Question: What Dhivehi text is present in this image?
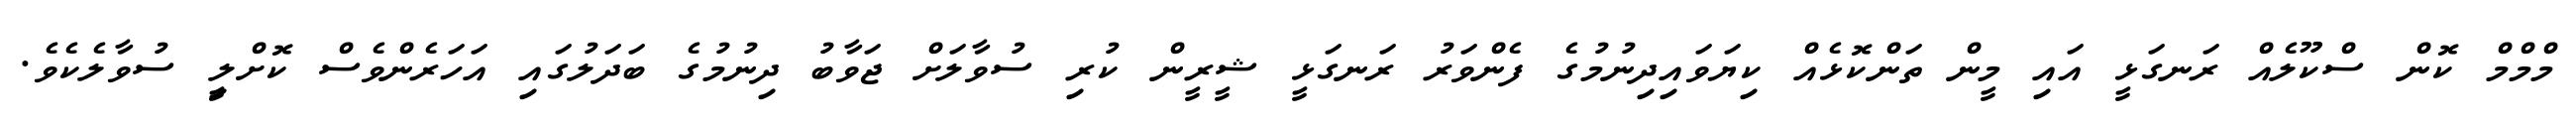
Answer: މްމްމް ކޮން ސްކޫލެއް ރަނގަޅީ އައި މީން ތަންކޮޅެއް ކިޔަވައިދިނުމުގެ ފެންވަރު ރަނގަޅީ ޝީރީން ކުރި ސުވާލަށް ޖަވާބު ދިނުމުގެ ބަދަލުގައި އަހަރެންވެސް ކޮށްލިީ ސުވާލެކެވެ.